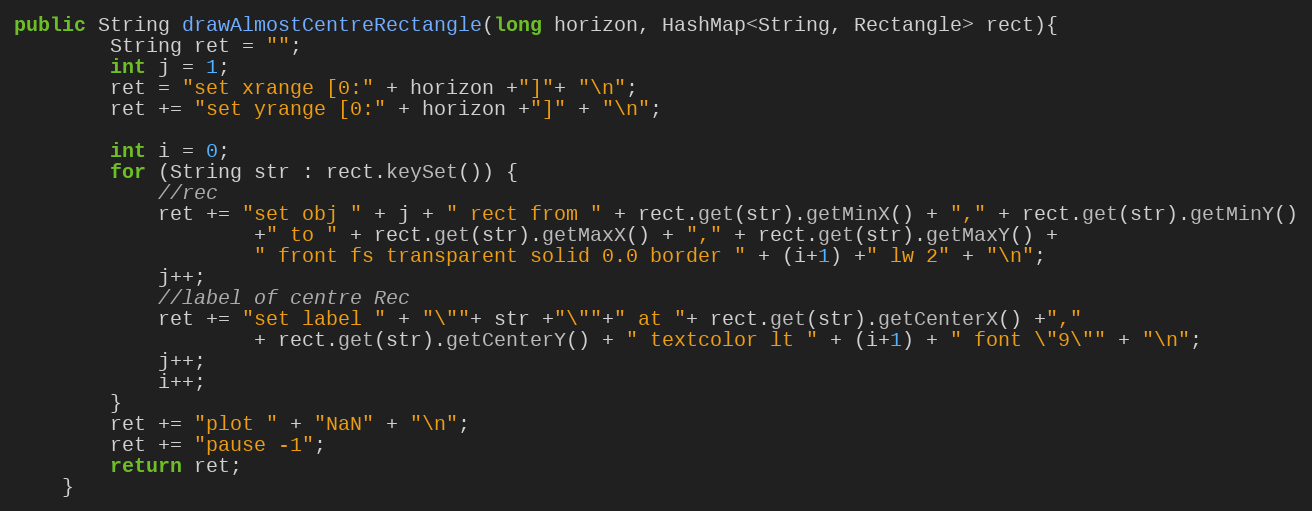
Language: Java
public String drawAlmostCentreRectangle(long horizon, HashMap<String, Rectangle> rect){
		String ret = "";
		int j = 1;
		ret = "set xrange [0:" + horizon +"]"+ "\n";
		ret += "set yrange [0:" + horizon +"]" + "\n";

		int i = 0;
		for (String str : rect.keySet()) {
			//rec
			ret += "set obj " + j + " rect from " + rect.get(str).getMinX() + "," + rect.get(str).getMinY()
					+" to " + rect.get(str).getMaxX() + "," + rect.get(str).getMaxY() +
					" front fs transparent solid 0.0 border " + (i+1) +" lw 2" + "\n";
			j++;
			//label of centre Rec
			ret += "set label " + "\""+ str +"\""+" at "+ rect.get(str).getCenterX() +","
					+ rect.get(str).getCenterY() + " textcolor lt " + (i+1) + " font \"9\"" + "\n";
			j++;
			i++;
		}
		ret += "plot " + "NaN" + "\n";
		ret += "pause -1";
		return ret;
	}